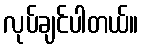
လုပ်ချင်ပါတယ်။